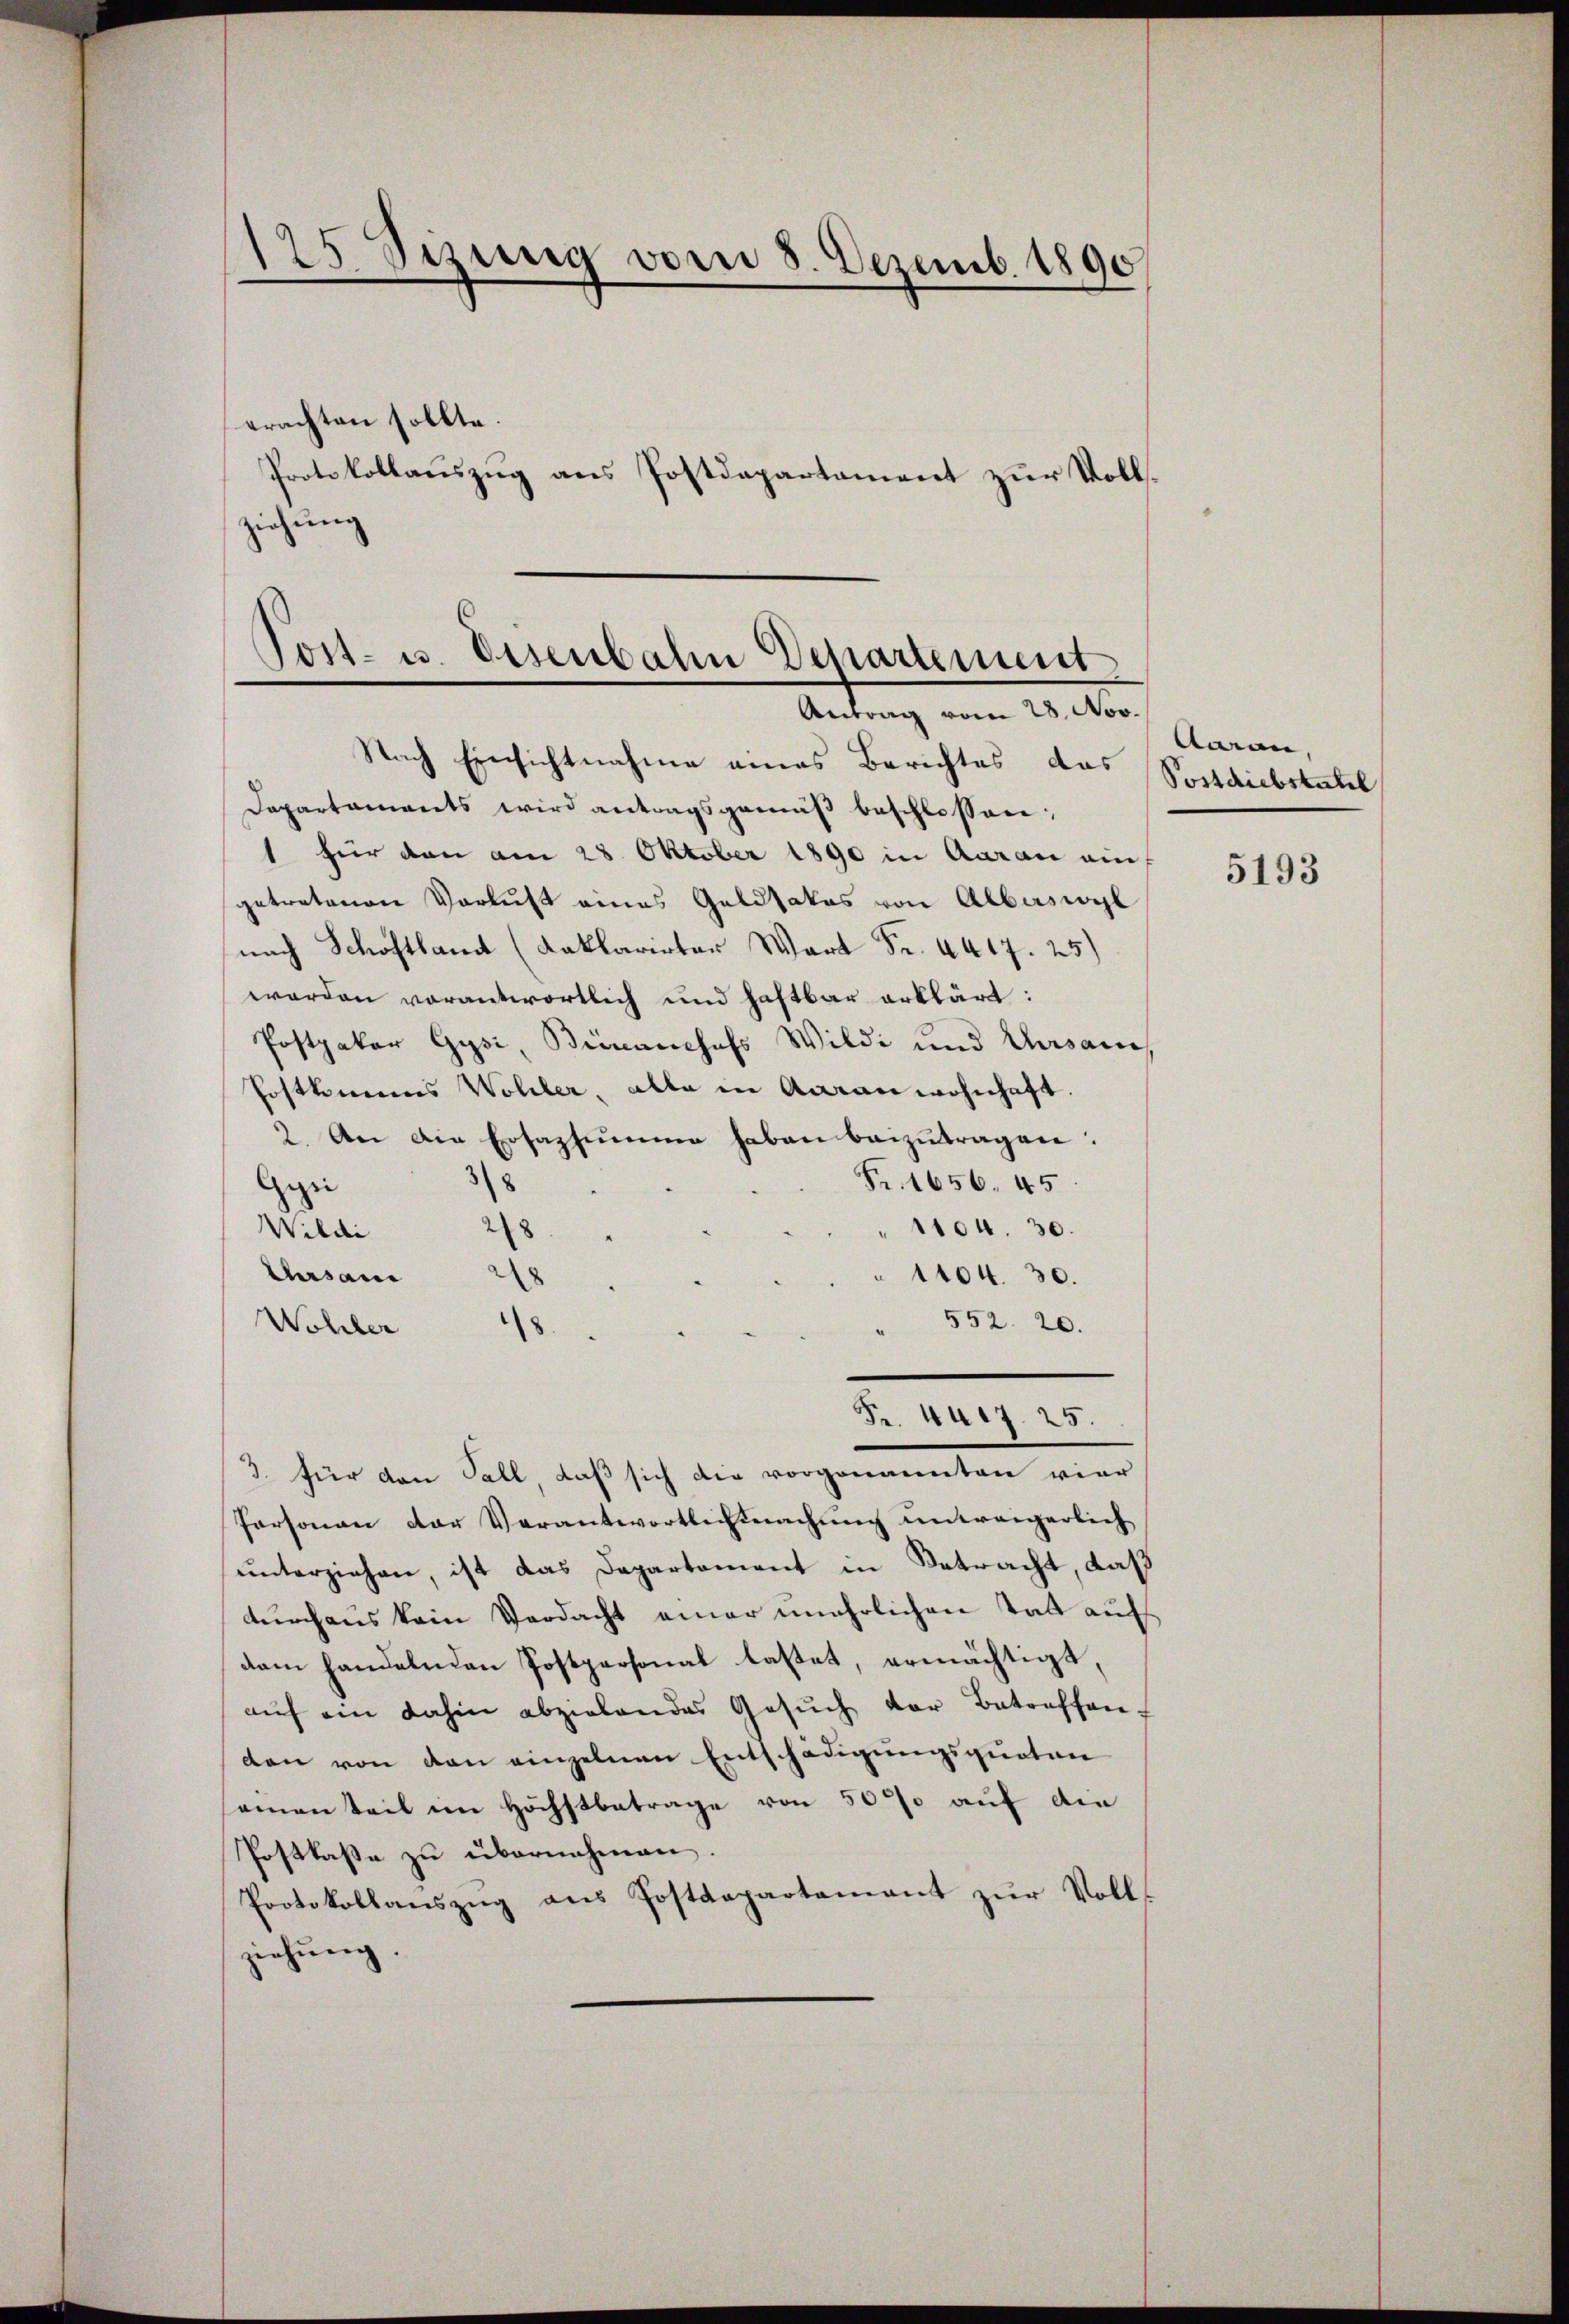
125 Sizung vom 8. Dezemb. 1890
erachten sollte.
Protokollauszug aus Postdepartement zur Vollziehung

Post- u. Eisenbahn Departement
Antrag vom 28. Nov.

Nach Einsichtnahme eines Berichtes das
Departaments wird antragsgemäß beschlossen:
1 für den am 28. Oktober 1890 in Aarau ein
getretenen Verlust eines Geldsakos von Albuswyl
nach Schoftlant (Kaklarirter Wart Fr. 4417. 25)
werden vorantwortlich und haftbar erklärt:
Postpater Gysi, Bianchefs Wildi und Casan
Postkammes Wohler, alle in Aarauwohnhaft.
2. An die Ersazsumme haben beizutragen:
Fr. 1656. 45
8
Gyri
Wildi
1104. 30.
28
Ehrsani 218
1104. 30.
552. 20.
Wohler
8
3. für den Fall, daß sich die vorgenannten vier
Personau der Verantwortlich machung untreigerlich
unterziehen, ist das Departement in Betracht, daß
durchaus kein Verdacht einer unehrlichen Tat auf
dem handelnden Postpersonal lastet, ermächtigt,
aŭf ein dahin abzielendes Gesŭch der Betreffent
den von den einzelnen Entschädigungsquoten
amanteil im Höchstbetrage von 50% auf die
Postkasse zu übernahmen.
Protokollaŭszŭg ans Postdepartamant zŭr Voll
ziehung.

Fr. 417. 25.

Aaran,
Postdiebstahl

5193